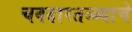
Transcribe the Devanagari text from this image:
चवदारतळ्याचे